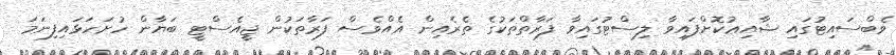
ވެބްސައިޓުގައި ޝާއިޢުކޮށްފައިވާ ލިސްޓުގައިވާ ފަރާތްތަކުގެ ތެރެއިން އެއްވެސް ފަރާތަކުން ޖީއެސްޓީ ބަޔާން ހުށަހަޅައިފިނަމަ